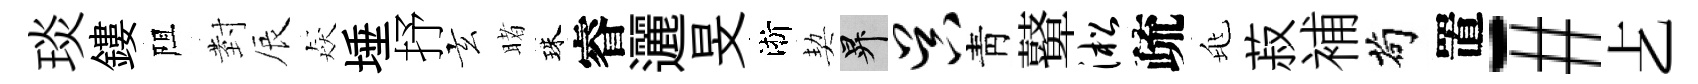
琰鏤阻𭔹辰猋埵抒玄睹珠睿邐旻淅契升吴靑鼙淞疏兆菽補茍置-#𠧒